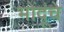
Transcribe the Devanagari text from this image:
भोंदूंचे